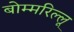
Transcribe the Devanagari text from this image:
बोम्मरिल्लू